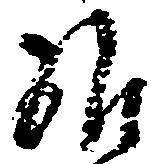
雑